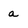
Character: a